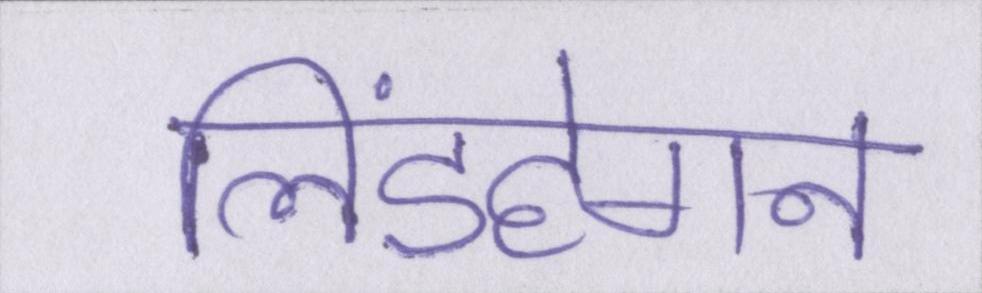
लिंडहेगन